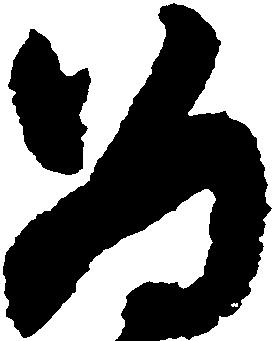
為